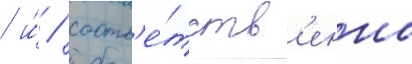
/ и́ / соотв'е́тств'енно